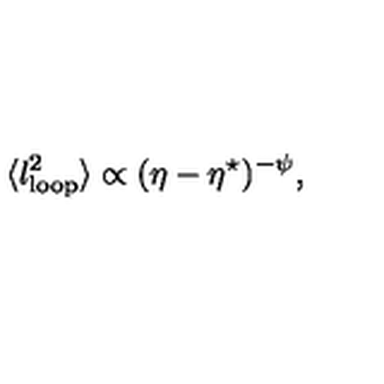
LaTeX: \langle l _ { \mathrm { l o o p } } ^ { 2 } \rangle \propto ( \eta - \eta ^ { \star } ) ^ { - \psi } , \,